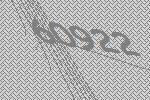
60922